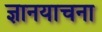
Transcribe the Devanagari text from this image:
ज्ञानयाचना